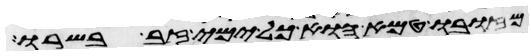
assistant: מזובו טמא הוא כל ימי זב בשרו